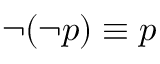
\neg ( \neg p ) \equiv p